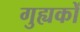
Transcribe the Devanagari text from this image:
गुह्यकों